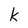
Character: k